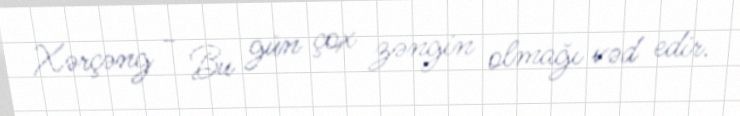
Xərçəng - Bu gün çox zəngin olmağı vəd edir.